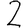
Digit: 2